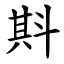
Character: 㪸